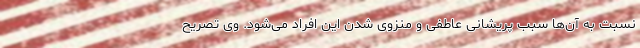
نسبت به آن‌ها سبب پریشانی عاطفی و منزوی شدن این افراد می‌شود. وی تصریح